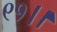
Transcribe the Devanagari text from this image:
९१।।